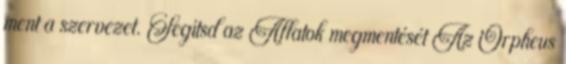
ment a szervezet. Segítsd az Állatok megmentését Az Orpheus